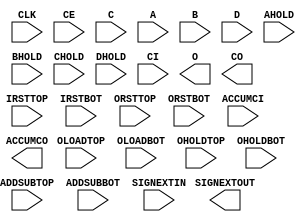
/* verilator lint_off UNUSED */
/* verilator lint_off UNDRIVEN */
(* blackbox *)
module SB_MAC16 (
	input CLK,
	input CE,
	input [15:0] C,
	input [15:0] A,
	input [15:0] B,
	input [15:0] D,
	input AHOLD,
	input BHOLD,
	input CHOLD,
	input DHOLD,
	input IRSTTOP,
	input IRSTBOT,
	input ORSTTOP,
	input ORSTBOT,
	input OLOADTOP,
	input OLOADBOT,
	input ADDSUBTOP,
	input ADDSUBBOT,
	input OHOLDTOP,
	input OHOLDBOT,
	input CI,
	input ACCUMCI,
	input SIGNEXTIN,
	output [31:0] O,
	output CO,
	output ACCUMCO,
	output SIGNEXTOUT
);
parameter NEG_TRIGGER = 1'b0;
parameter C_REG = 1'b0;
parameter A_REG = 1'b0;
parameter B_REG = 1'b0;
parameter D_REG = 1'b0;
parameter TOP_8x8_MULT_REG = 1'b0;
parameter BOT_8x8_MULT_REG = 1'b0;
parameter PIPELINE_16x16_MULT_REG1 = 1'b0;
parameter PIPELINE_16x16_MULT_REG2 = 1'b0;
parameter TOPOUTPUT_SELECT =  2'b00;
parameter TOPADDSUB_LOWERINPUT = 2'b00;
parameter TOPADDSUB_UPPERINPUT = 1'b0;
parameter TOPADDSUB_CARRYSELECT = 2'b00;
parameter BOTOUTPUT_SELECT =  2'b00;
parameter BOTADDSUB_LOWERINPUT = 2'b00;
parameter BOTADDSUB_UPPERINPUT = 1'b0;
parameter BOTADDSUB_CARRYSELECT = 2'b00;
parameter MODE_8x8 = 1'b0;
parameter A_SIGNED = 1'b0;
parameter B_SIGNED = 1'b0;
endmodule
/* verilator lint_on UNUSED */
/* verilator lint_on UNDRIVEN */